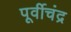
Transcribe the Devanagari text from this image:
पूर्वीचंद्र